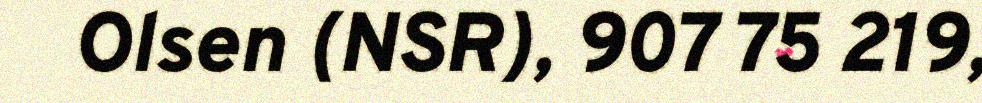
Olsen (NSR), 907 75 219,